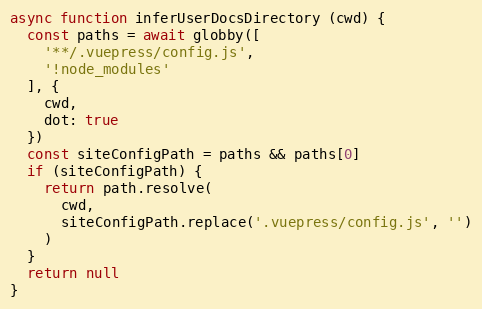
Language: JavaScript
async function inferUserDocsDirectory (cwd) {
  const paths = await globby([
    '**/.vuepress/config.js',
    '!node_modules'
  ], {
    cwd,
    dot: true
  })
  const siteConfigPath = paths && paths[0]
  if (siteConfigPath) {
    return path.resolve(
      cwd,
      siteConfigPath.replace('.vuepress/config.js', '')
    )
  }
  return null
}